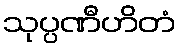
သုပ္ပဏီဟိတံ